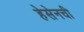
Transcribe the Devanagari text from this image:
हेसेनची